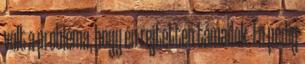
volt a probléma, hogy én rejtetten támadok. Én pedig